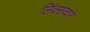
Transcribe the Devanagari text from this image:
लिंक्सव्दारे